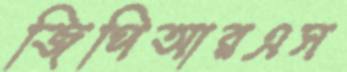
জিপিআরএস